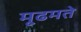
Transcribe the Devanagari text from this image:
मूढमते